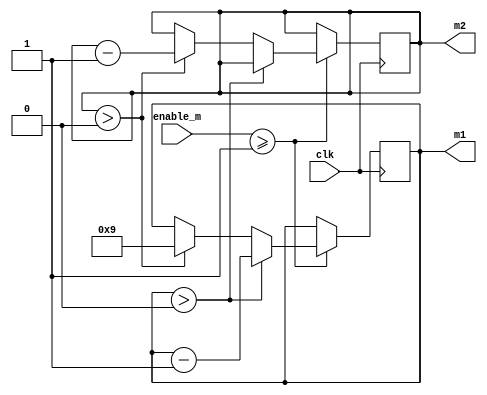
`timescale 1ns / 1ps
//////////////////////////////////////////////////////////////////////////////////
// Company: 
// Engineer: 
// 
// Design Name: 
// Module Name: v_counter
// Project Name: 
// Target Devices: 
// Tool Versions: 
// Description: 
// 
// Dependencies: 
// 
// Revision:
// Revision 0.01 - File Created
// Additional Comments:
// 
//////////////////////////////////////////////////////////////////////////////////


module minutes_timer(clk, enable_m, m1, m2);
    input clk;
    input enable_m;
    output reg [3:0] m1 = 1;
    output reg [2:0] m2 = 0;
    always @(posedge clk)
    if (enable_m >= 1)
    begin
            if (m1 > 0)
                begin
                    m1 <= m1 - 1; // value of h_count incremented
                end
            else // value of h_count has reached 799
                begin
                    if (m2 > 0)
                        begin
                            m2 <= m2 - 1;
                            m1 = 9;
                        end
//                    else
//                        begin
//                            m2 = 5;
//                        end
                end
        end
endmodule